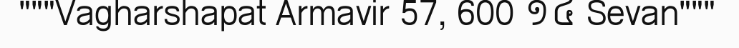
"""Vagharshapat Armavir 57, 600 ១៤ Sevan"""